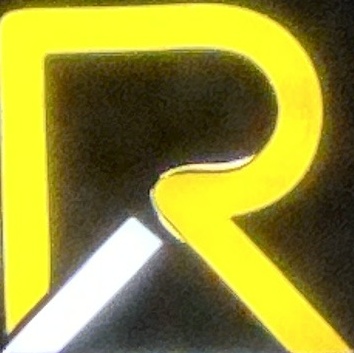
R